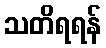
သတိရရန်